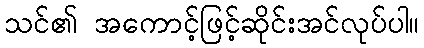
သင်၏ အကောင့်ဖြင့်ဆိုင်းအင်လုပ်ပါ။